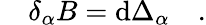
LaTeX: \quad\delta_{\alpha}B=\mathrm{d}\Delta_{\alpha}\quad.